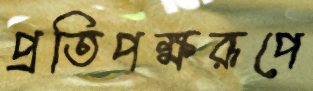
প্রতিপক্ষরূপে